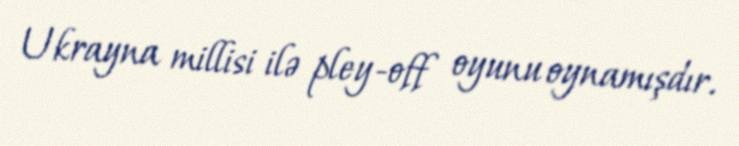
Ukrayna millisi ilə pley-off oyunu oynamışdır.